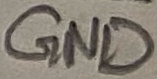
Text: GND